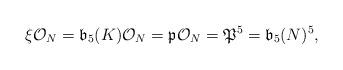
LaTeX: \begin{align*}\xi\mathcal{O}_N=\mathfrak{b}_{5}(K)\mathcal{O}_N=\mathfrak{p}\mathcal{O}_N=\mathfrak{P}^5=\mathfrak{b}_{5}(N)^5,\end{align*}